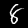
Digit: 8